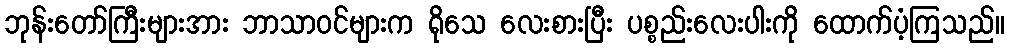
ဘုန်းတော်ကြီးများအား ဘာသာဝင်များက ရိုသေ လေးစားပြီး ပစ္စည်းလေးပါးကို ထောက်ပံ့ကြသည်။